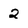
Character: 2